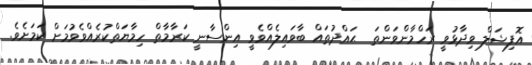
އޮފިޝަލް ވިދާޅުވީ ރަހްމާންވަންތަ  ޙައްދުތައް ބާވައިލެއްވެވީ އިންސާނީ ކަރާމާތް ހިމާޔަތްކުރެއްވެވުމަށް ކަމަށެވެ.